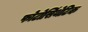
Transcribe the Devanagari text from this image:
फोटोसिंथेटिक